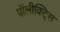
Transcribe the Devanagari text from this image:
पॉलीक्ट्सि